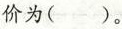
价为()。